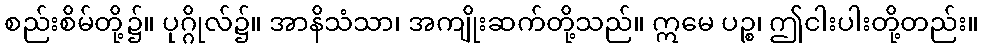
စည်းစိမ်တို့၌။ ပုဂ္ဂိုလ်၌။ အာနိသံသာ၊ အကျိုးဆက်တို့သည်။ ဣမေ ပဉ္စ၊ ဤငါးပါးတို့တည်း။